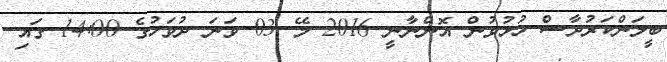
ބީލަންކަރުދާސް ހުޅުވުން އޮންނާނީ 2016 މޭ 03 ވަނަ ދުވަހުގެ 14:00 ގައި